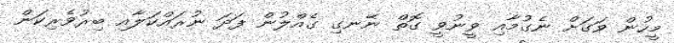
މީހުން ވަގަށް ނެގުމާއި ވީނުވީ ގޮތް ނޭނގި ގެއްލުން ފަދަ ނުރައްކަލާއި ބިރުވެރިކަން